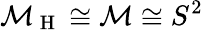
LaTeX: \mathcal{M}_{\mathrm{~H~}}\cong\mathcal{M}\cong S^{2}